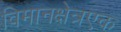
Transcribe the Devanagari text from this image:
विमानक्षेत्रएक